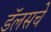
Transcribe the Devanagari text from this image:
डॅलसचे